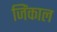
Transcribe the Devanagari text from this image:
जिंकाल